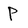
Character: P